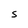
Character: S